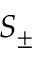
S _ { \pm }